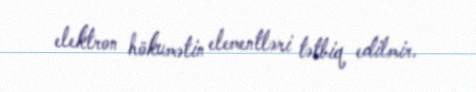
elektron hökumətin elementləri tətbiq edilmir.